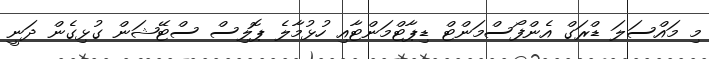
މި މައްސަލަ ޑްރަގް އެންފޯސްމަންޓް ޑިޕާޓްމަންޓާއި ހުޅުމާލެ ޕޮލިސް ސްޓޭޝަން ގުޅިގެން ދަނީ